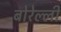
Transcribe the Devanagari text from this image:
बोरेल्ली